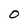
Character: O